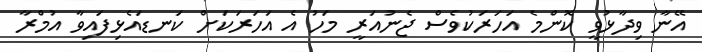
އޭނާ ވިދާޅުވީ ކޮންމެ އަހަރަކުވެސް ޖެނުއަރީ މަހު އެ އަހަރަކަށް ކަނޑައެޅިފައިވާ އުމްރާ